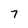
Character: 7